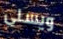
ويسلى